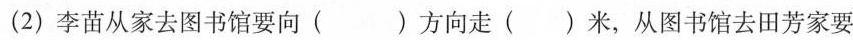
(2)李苗从家去图书馆要向()方向走()米，从图书馆去田芳家要